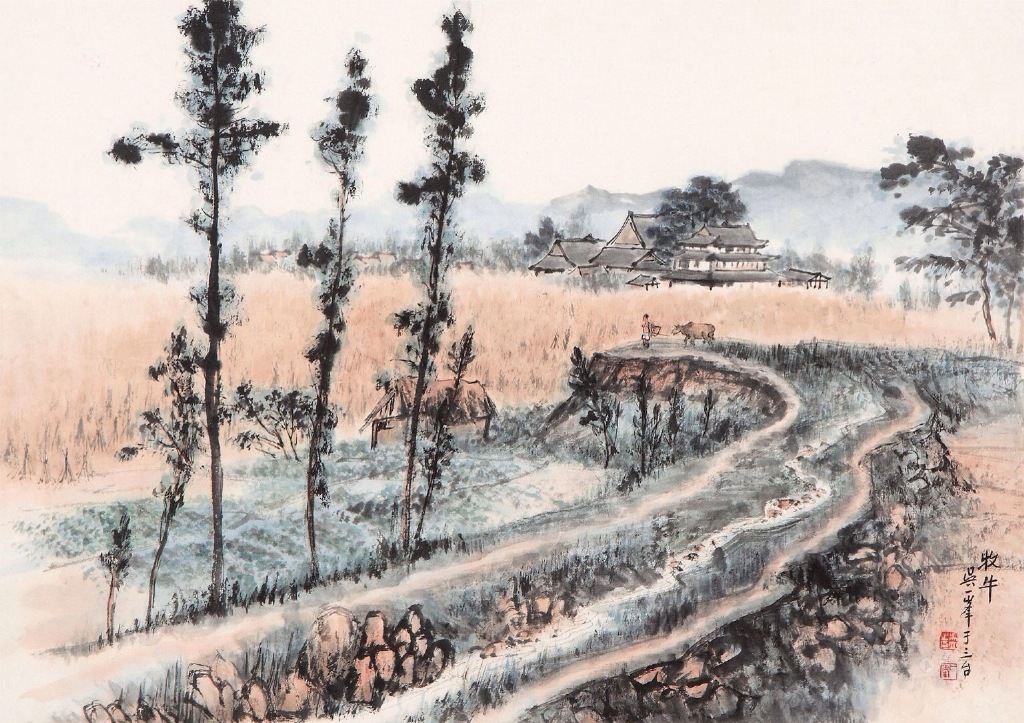
七八个星天外，两三点雨山前。